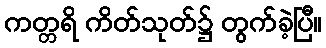
ကတ္တရိ ကိတ်သုတ်၌ တွက်ခဲ့ပြီ။